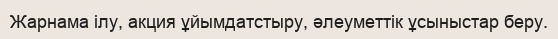
Жарнама ілу, акция ұйымдатстыру, әлеуметтік ұсыныстар беру.